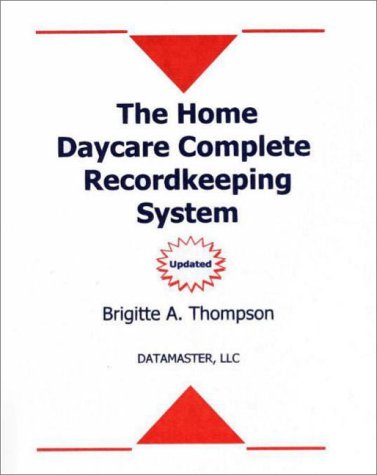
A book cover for The Home Daycare Complete Recordkeeping System; Brigitte A. Thompson; Business & Money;